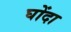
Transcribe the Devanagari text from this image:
घोंदा